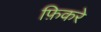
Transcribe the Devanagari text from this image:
फ़िकरे